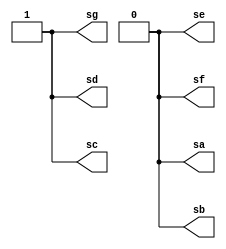
module decodbebida2(sa,sb,sc,sd,se,sf,sg);
	output sa,sb,sc,sd,se,sf,sg;
	
	//DECODIFICADOR DO DIGITO 3 DO CPLD PARA EXIBIR A ESCOLHA DE BEBIDA
	
	buf (sa,0);
	buf (sb,0);
	buf (sc,1);
	buf (sd,1);
	buf (se,0);
	buf (sf,0);
	buf (sg,1);

endmodule